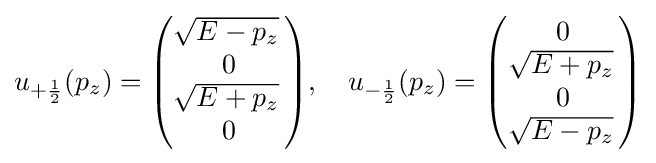
u_{+{\frac {1}{2}}}(p_{z})={\begin{pmatrix}{\sqrt {E-p_{z}}}\,\\0\\{\sqrt {E+p_{z}}}\,\\0\end{pmatrix}},\quad u_{-{\frac {1}{2}}}(p_{z})={\begin{pmatrix}0\\{\sqrt {E+p_{z}}}\,\\0\\{\sqrt {E-p_{z}}}\,\end{pmatrix}}